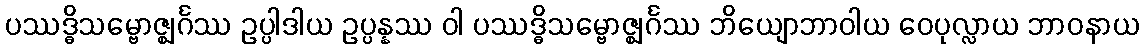
ပဿဒ္ဓိသမ္ဗောဇ္ဈင်္ဂဿ ဥပ္ပါဒါယ ဥပ္ပန္နဿ ဝါ ပဿဒ္ဓိသမ္ဗောဇ္ဈင်္ဂဿ ဘိယျောဘာဝါယ ဝေပုလ္လာယ ဘာဝနာယ